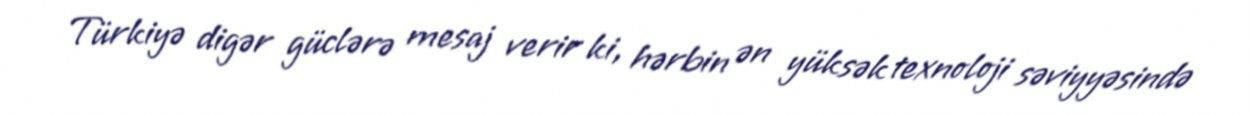
Türkiyə digər güclərə mesaj verir ki, hərbin ən yüksək texnoloji səviyyəsində